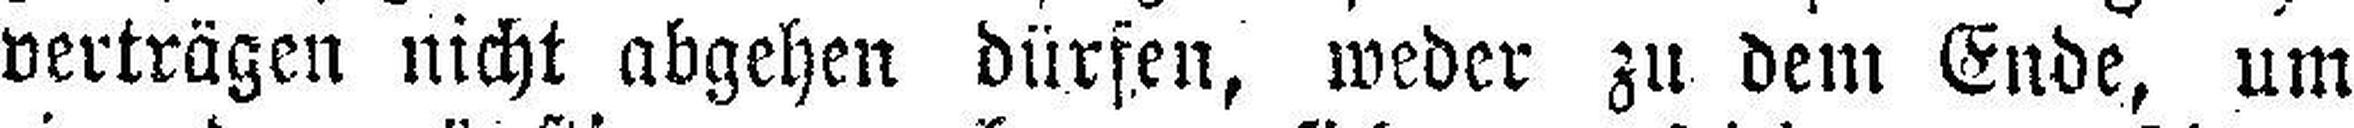
verträgen nicht abgehen dürfen, weder zu dem Ende, um